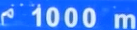
1000m